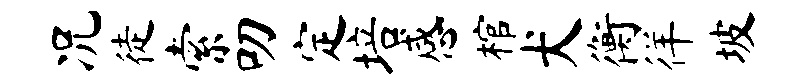
况徒索叨定培感棺犬衡徉坡